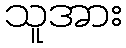
သူအား